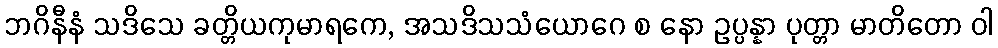
ဘဂိနီနံ သဒိသေ ခတ္တိယကုမာရကေ, အသဒိသသံယောဂေ စ နော ဥပ္ပန္နာ ပုတ္တာ မာတိတော ဝါ